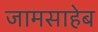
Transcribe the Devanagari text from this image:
जामसाहेब